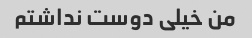
من خیلی دوست نداشتم